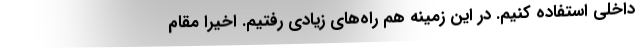
داخلی استفاده کنیم. در این زمینه هم راه‌های زیادی رفتیم. اخیرا مقام